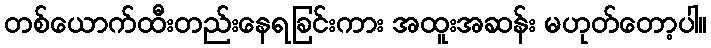
တစ်ယောက်ထီးတည်းနေရခြင်းကား အထူးအဆန်း မဟုတ်တော့ပါ။